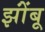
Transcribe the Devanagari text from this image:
झोंंबू